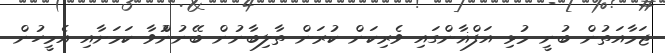
ޖަމާއަތުން ބުނީ މުޅި އަފްޣާންގައި ވެރިކަން ކުރަން ތާލިބާނުން ބޭނުންުވާ ކަމަށާއި އެމީހުން